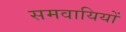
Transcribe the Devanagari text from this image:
समवायियों